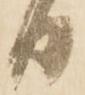
日